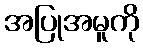
အပြုအမူကို